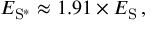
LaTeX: E _ { \mathrm { S } ^ { * } } \approx 1 . 9 1 \times E _ { \mathrm { S } } \, ,